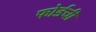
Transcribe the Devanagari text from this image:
फोर्डची